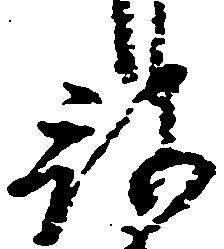
被